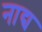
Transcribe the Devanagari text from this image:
नाद्य